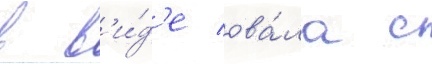
в в'и́д'е ова́ла с